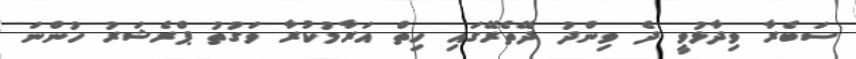
ސަބެރާ ވިދާޅުވީ ދެ ވިންދު ދޭތެރޭގައި ހިތް އަރާމުކުރާ ވަގުތު ޕްރެޝަރު ހުންނަ